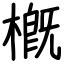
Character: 槪